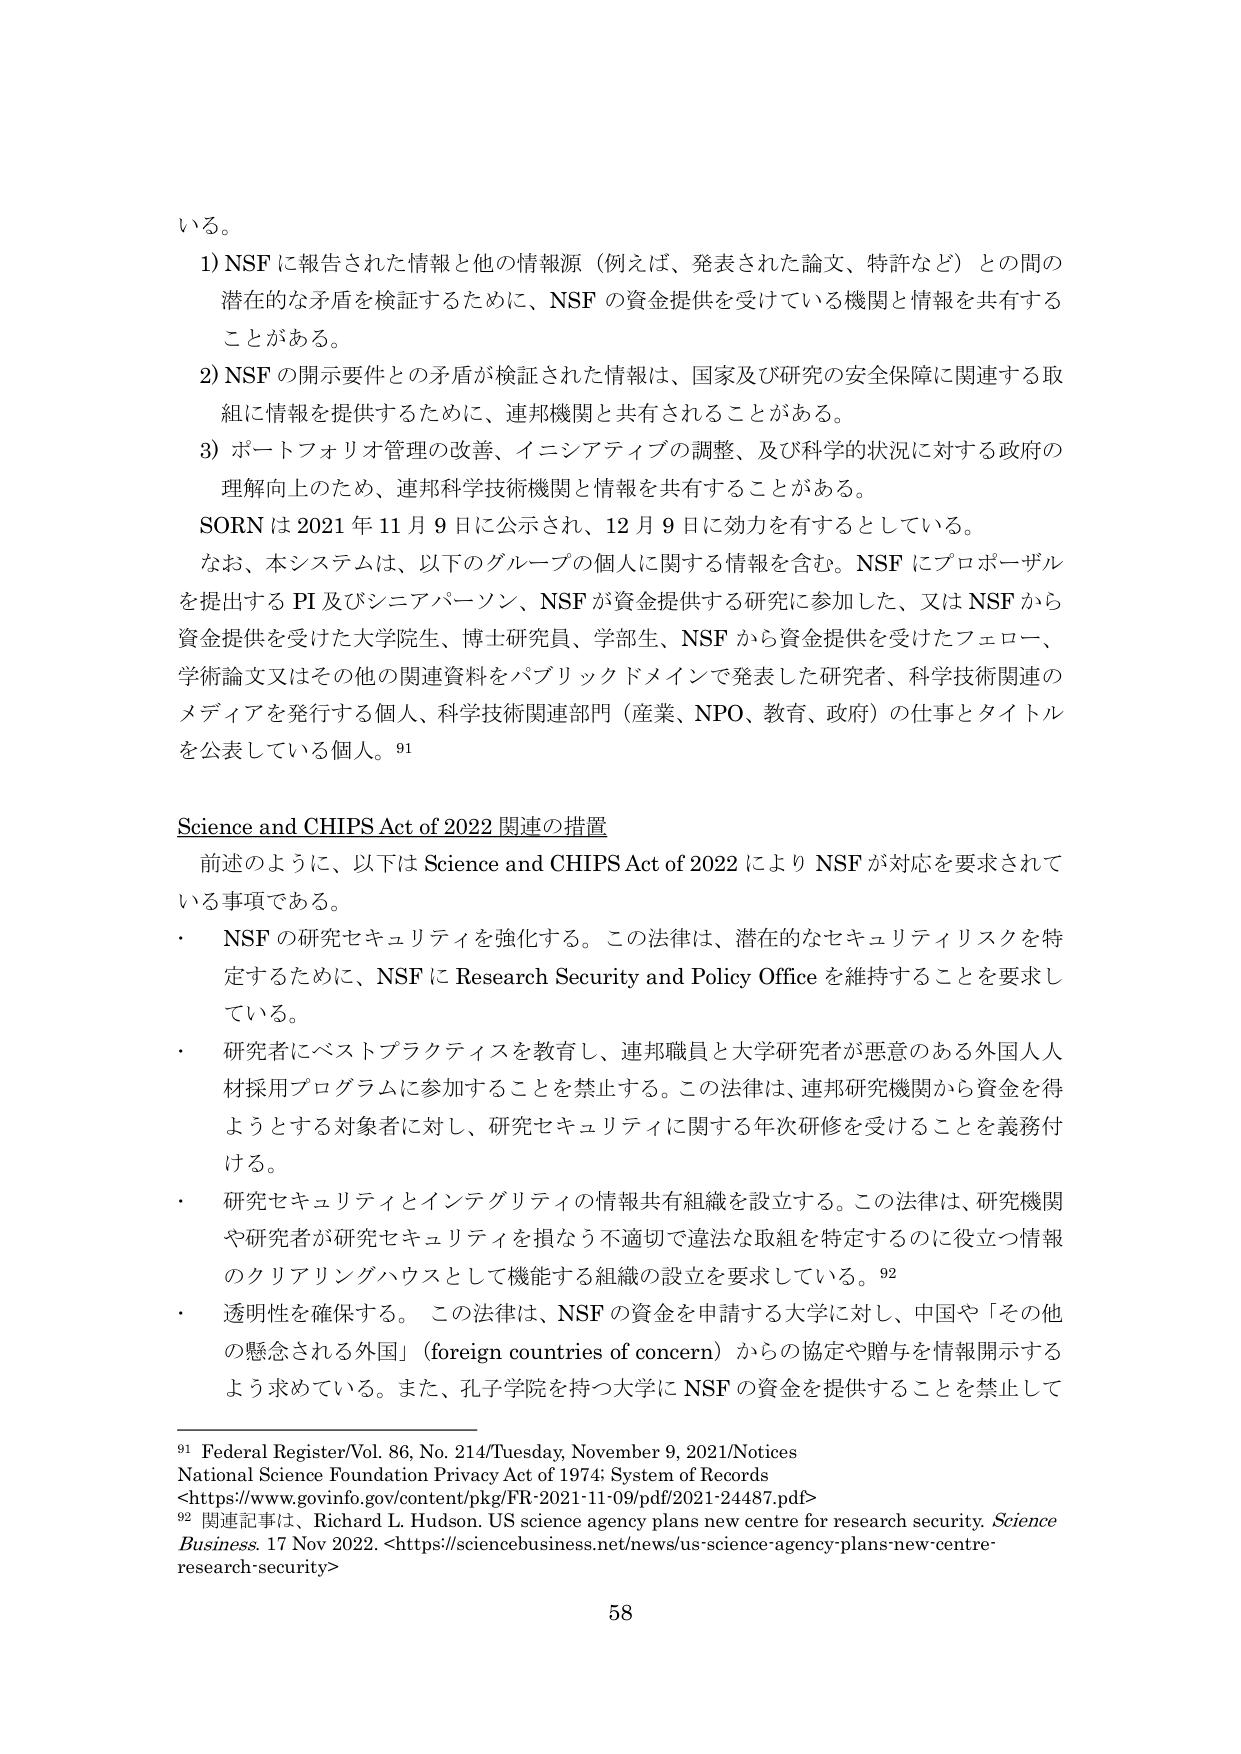
いる。

1) NSF に報告された情報と他の情報源（例えば、発表された論文、特許など）との間の潜在的な矛盾を検証するために、NSF の資金提供を受けている機関と情報を共有することがある。

2) NSF の開示要件との矛盾が検証された情報は、国家及び研究の安全保障に関連する取組に情報を提供するために、連邦機関と共有されることがある。

3) ポートフォリオ管理の改善、イニシアティブの調整、及び科学的状況に対する政府の理解向上のため、連邦科学技術機関と情報を共有することがある。

SORN は 2021 年 11 月 9 日に公示され、12 月 9 日に効力を有するとしている。

なお、本システムは、以下のグループの個人に関する情報を含む。NSF にプロポーザルを提出する PI 及びシニアパーソン、NSF が資金提供する研究に参加した、又は NSF から資金提供を受けた大学院生、博士研究員、学部生、NSF から資金提供を受けたフェロー、学術論文又はその他の関連資料をパブリックドメインで発表した研究者、科学技術関連のメディアを発行する個人、科学技術関連部門（産業、NPO、教育、政府）の仕事とタイトルを公表している個人。91

Science and CHIPS Act of 2022 関連の措置

前述のように、以下は Science and CHIPS Act of 2022 により NSF が対応を要求されている事項である。

・ NSF の研究セキュリティを強化する。この法律は、潜在的なセキュリティリスクを特定するために、NSF に Research Security and Policy Office を維持することを要求している。

・ 研究者にベストプラクティスを教育し、連邦職員と大学研究者が悪意のある外国人人材採用プログラムに参加することを禁止する。この法律は、連邦研究機関から資金を得ようとする対象者に対し、研究セキュリティに関する年次研修を受けることを義務付ける。

・ 研究セキュリティとインテグリティの情報共有組織を設立する。この法律は、研究機関や研究者が研究セキュリティを損なう不適切で違法な取組を特定するのに役立つ情報のクリアリングハウスとして機能する組織の設立を要求している。92

・ 透明性を確保する。この法律は、NSF の資金を申請する大学に対し、中国や「その他 の懸念される外国」（foreign countries of concern）からの協定や贈与を情報開示するよう求めている。また、孔子学院を持つ大学に NSF の資金を提供することを禁止して

91 Federal Register/Vol. 86, No. 214/Tuesday, November 9, 2021/Notices
National Science Foundation Privacy Act of 1974: System of Records
<https://www.govinfo.gov/content/pkg/FR-2021-11-09/pdf/2021-24487.pdf>

92 関連記事は、Richard L. Hudson. US science agency plans new centre for research security. Science Business. 17 Nov 2022. <https://sciencebusiness.net/news/us-science-agency-plans-new-centre-research-security>

58